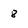
Character: 8